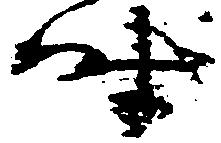
時